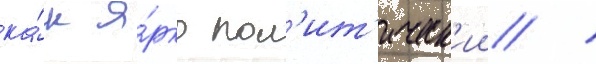
ка́к я́рко пол'ит'ическ'ии /